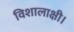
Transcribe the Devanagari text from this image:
विशालाक्षी।